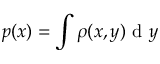
p ( x ) = \int \rho ( x , y ) \mathrm { ~ d ~ } y